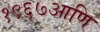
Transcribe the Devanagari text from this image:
१९६७आणि